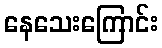
နေသေးကြောင်း